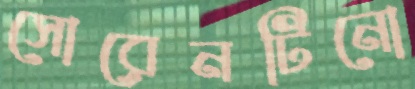
সোরেনটিনো